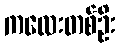
ကလေးတစ်ဦး